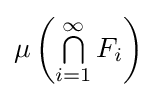
\mu \left(\textstyle \bigcap \limits _{i=1}^{\infty }F_{i}\right)